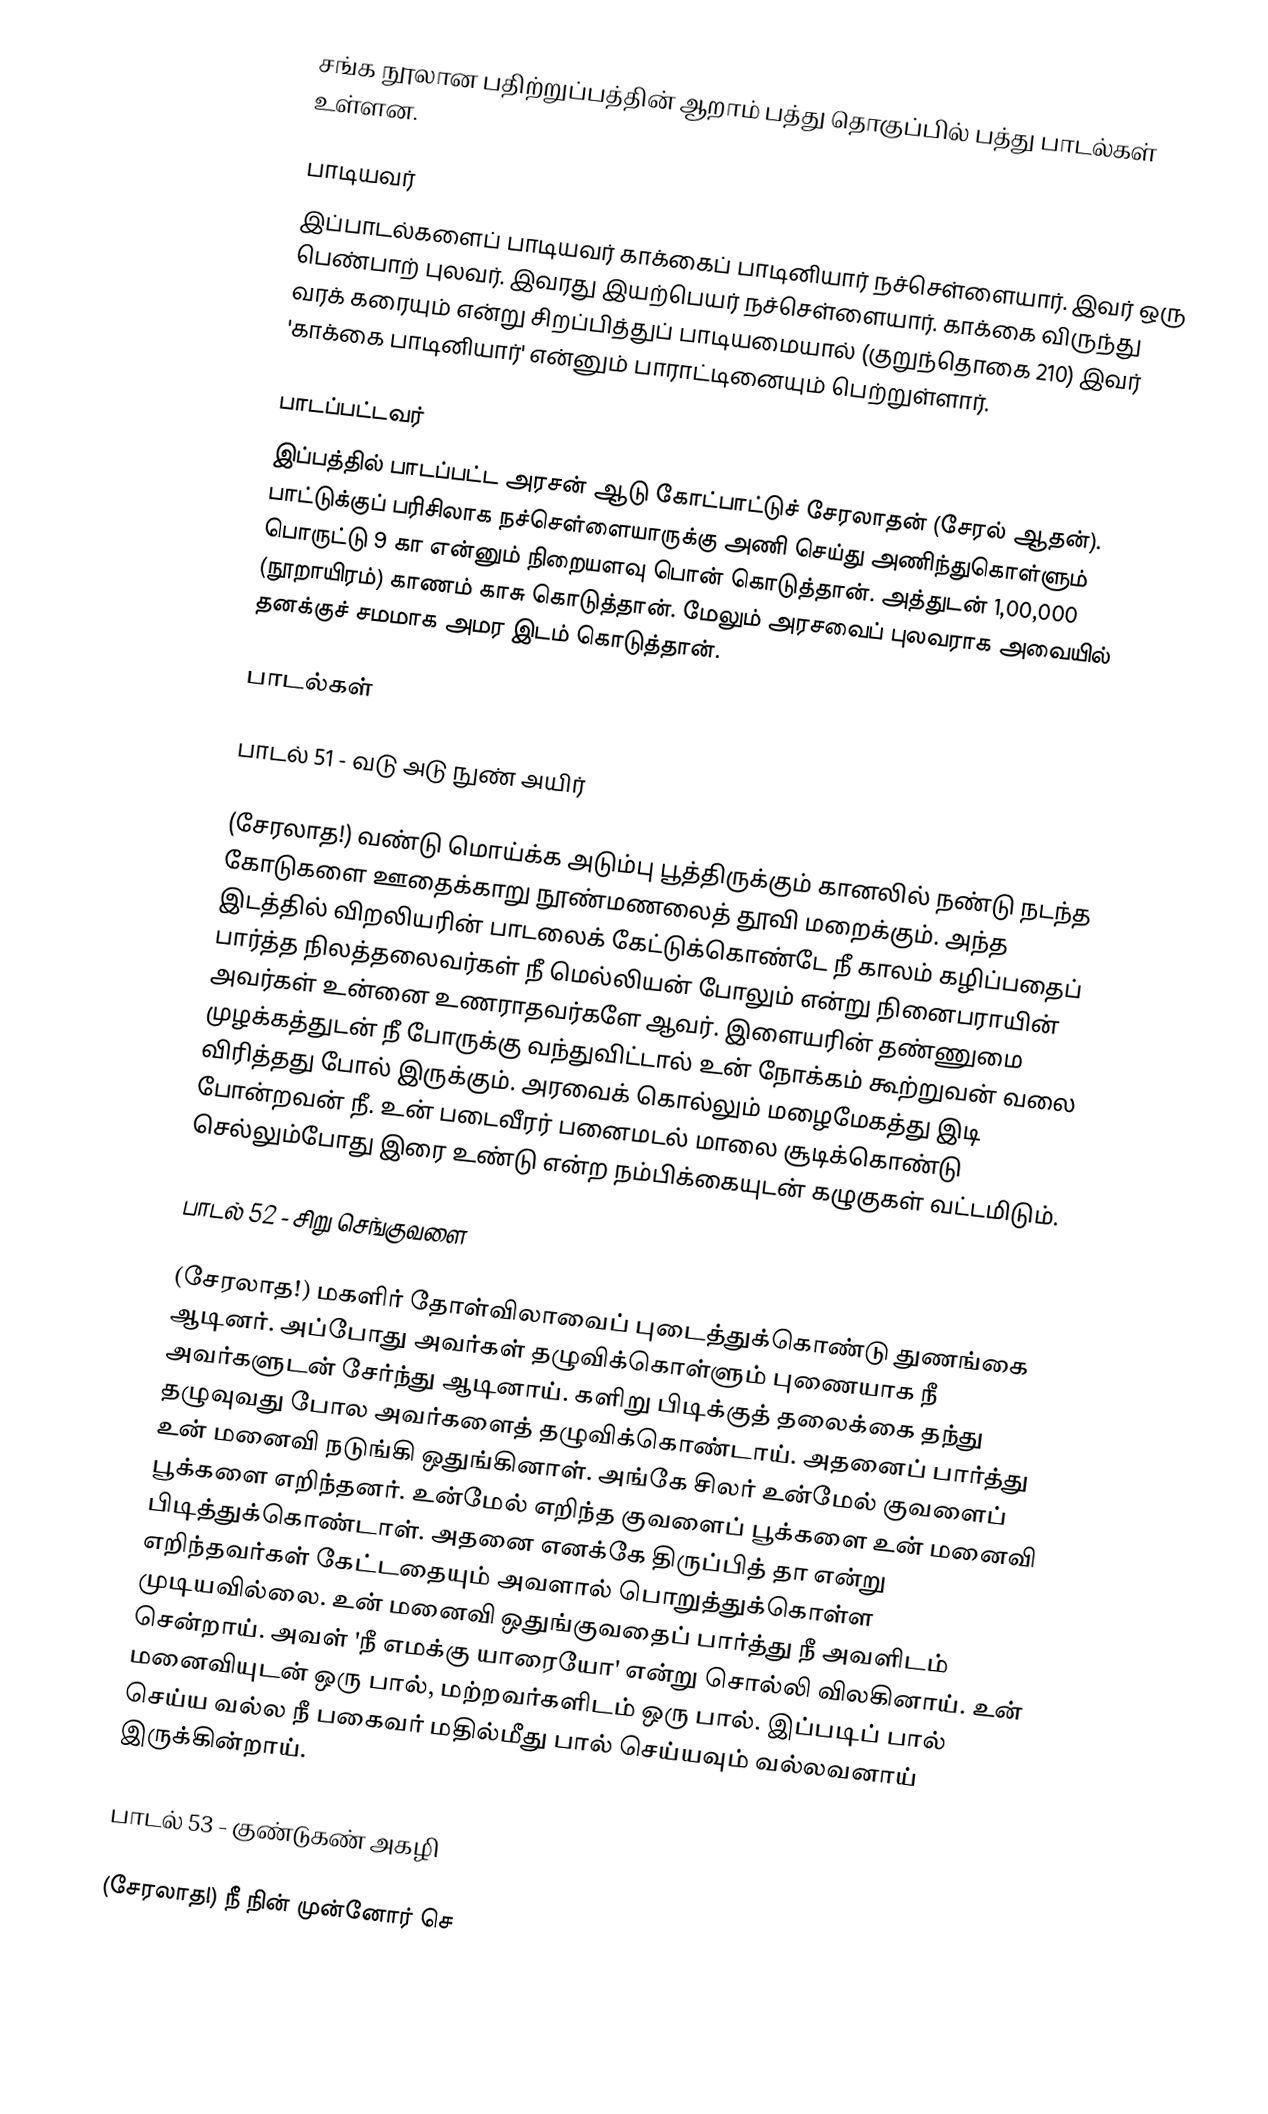
சங்க நூலான பதிற்றுப்பத்தின் ஆறாம் பத்து தொகுப்பில் பத்து பாடல்கள் உள்ளன.

பாடியவர்
இப்பாடல்களைப் பாடியவர் காக்கைப் பாடினியார் நச்செள்ளையார். இவர் ஒரு பெண்பாற் புலவர். இவரது இயற்பெயர் நச்செள்ளையார். காக்கை விருந்து வரக் கரையும் என்று சிறப்பித்துப் பாடியமையால் (குறுந்தொகை 210) இவர் 'காக்கை பாடினியார்' என்னும் பாராட்டினையும் பெற்றுள்ளார்.

பாடப்பட்டவர்
இப்பத்தில் பாடப்பட்ட அரசன் ஆடு கோட்பாட்டுச் சேரலாதன் (சேரல் ஆதன்). பாட்டுக்குப் பரிசிலாக நச்செள்ளையாருக்கு அணி செய்து அணிந்துகொள்ளும் பொருட்டு 9 கா என்னும் நிறையளவு பொன் கொடுத்தான். அத்துடன் 1,00,000 (நூறாயிரம்) காணம் காசு கொடுத்தான். மேலும் அரசவைப் புலவராக அவையில் தனக்குச் சமமாக அமர இடம் கொடுத்தான்.

பாடல்கள்

பாடல் 51 - வடு அடு நுண் அயிர்

(சேரலாத!) வண்டு மொய்க்க அடும்பு பூத்திருக்கும் கானலில் நண்டு நடந்த கோடுகளை ஊதைக்காறு நூண்மணலைத் தூவி மறைக்கும். அந்த இடத்தில் விறலியரின் பாடலைக் கேட்டுக்கொண்டே நீ காலம் கழிப்பதைப் பார்த்த நிலத்தலைவர்கள் நீ மெல்லியன் போலும் என்று நினைபராயின் அவர்கள் உன்னை உணராதவர்களே ஆவர். இளையரின் தண்ணுமை முழக்கத்துடன் நீ போருக்கு வந்துவிட்டால் உன் நோக்கம் கூற்றுவன் வலை விரித்தது போல் இருக்கும். அரவைக் கொல்லும் மழைமேகத்து இடி போன்றவன் நீ. உன் படைவீரர் பனைமடல் மாலை சூடிக்கொண்டு செல்லும்போது இரை உண்டு என்ற நம்பிக்கையுடன் கழுகுகள் வட்டமிடும்.

பாடல் 52 - சிறு செங்குவளை

(சேரலாத!) மகளிர் தோள்விலாவைப் புடைத்துக்கொண்டு துணங்கை ஆடினர். அப்போது அவர்கள் தழுவிக்கொள்ளும் புணையாக நீ அவர்களுடன் சேர்ந்து ஆடினாய். களிறு பிடிக்குத் தலைக்கை தந்து தழுவுவது போல அவர்களைத் தழுவிக்கொண்டாய். அதனைப் பார்த்து உன் மனைவி நடுங்கி ஒதுங்கினாள். அங்கே சிலர் உன்மேல் குவளைப் பூக்களை எறிந்தனர். உன்மேல் எறிந்த குவளைப் பூக்களை உன் மனைவி பிடித்துக்கொண்டாள். அதனை எனக்கே திருப்பித் தா என்று எறிந்தவர்கள் கேட்டதையும் அவளால் பொறுத்துக்கொள்ள முடியவில்லை. உன் மனைவி ஒதுங்குவதைப் பார்த்து நீ அவளிடம் சென்றாய். அவள் 'நீ எமக்கு யாரையோ' என்று சொல்லி விலகினாய். உன் மனைவியுடன் ஒரு பால், மற்றவர்களிடம் ஒரு பால். இப்படிப் பால் செய்ய வல்ல நீ பகைவர் மதில்மீது பால் செய்யவும் வல்லவனாய் இருக்கின்றாய்.

பாடல் 53 - குண்டுகண் அகழி

(சேரலாத!) நீ நின் முன்னோர் செ